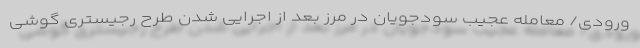
ورودی/ معامله عجیب سودجویان در مرز بعد از اجرایی شدن طرح رجیستری گوشی